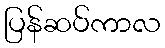
ပြန်ဆပ်ကာလ